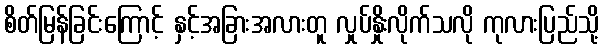
စိတ်မြန်ခြင်းကြောင့် နှင့်အခြားအလားတူ လှုပ်နှိုးလိုက်သလို ကုလားပြည်သို့